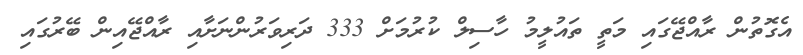
އެގޮތުން ރާއްޖޭގައި މަތީ ތައުލީމު ހާސިލް ކުރުމަށް 333 ދަރިވަރުންނަށާއި ރާއްޖޭއިން ބޭރުގައި